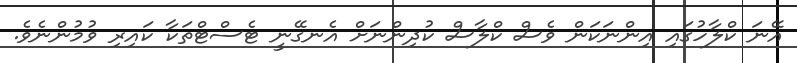
އޭނަ ކްލާހުގައި އިންނަކަން ވެސް ކްލާސް ކުދިންނަށް އެނގޭނީ ޓެސްޓްތަކާ ކައިރި ވުމުންނެވެ.